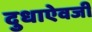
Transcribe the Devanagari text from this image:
दुधाऐवजी